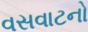
વસવાટનો